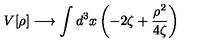
V [ \rho ] \longrightarrow \int d ^ { 3 } x \left( - 2 \zeta + \frac { \rho ^ { 2 } } { 4 \zeta } \right)